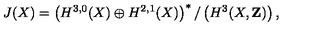
J ( X ) = \left( H ^ { 3 , 0 } ( X ) \oplus H ^ { 2 , 1 } ( X ) \right) ^ { * } / \left( H ^ { 3 } ( X , \mathbf { Z } ) \right) ,